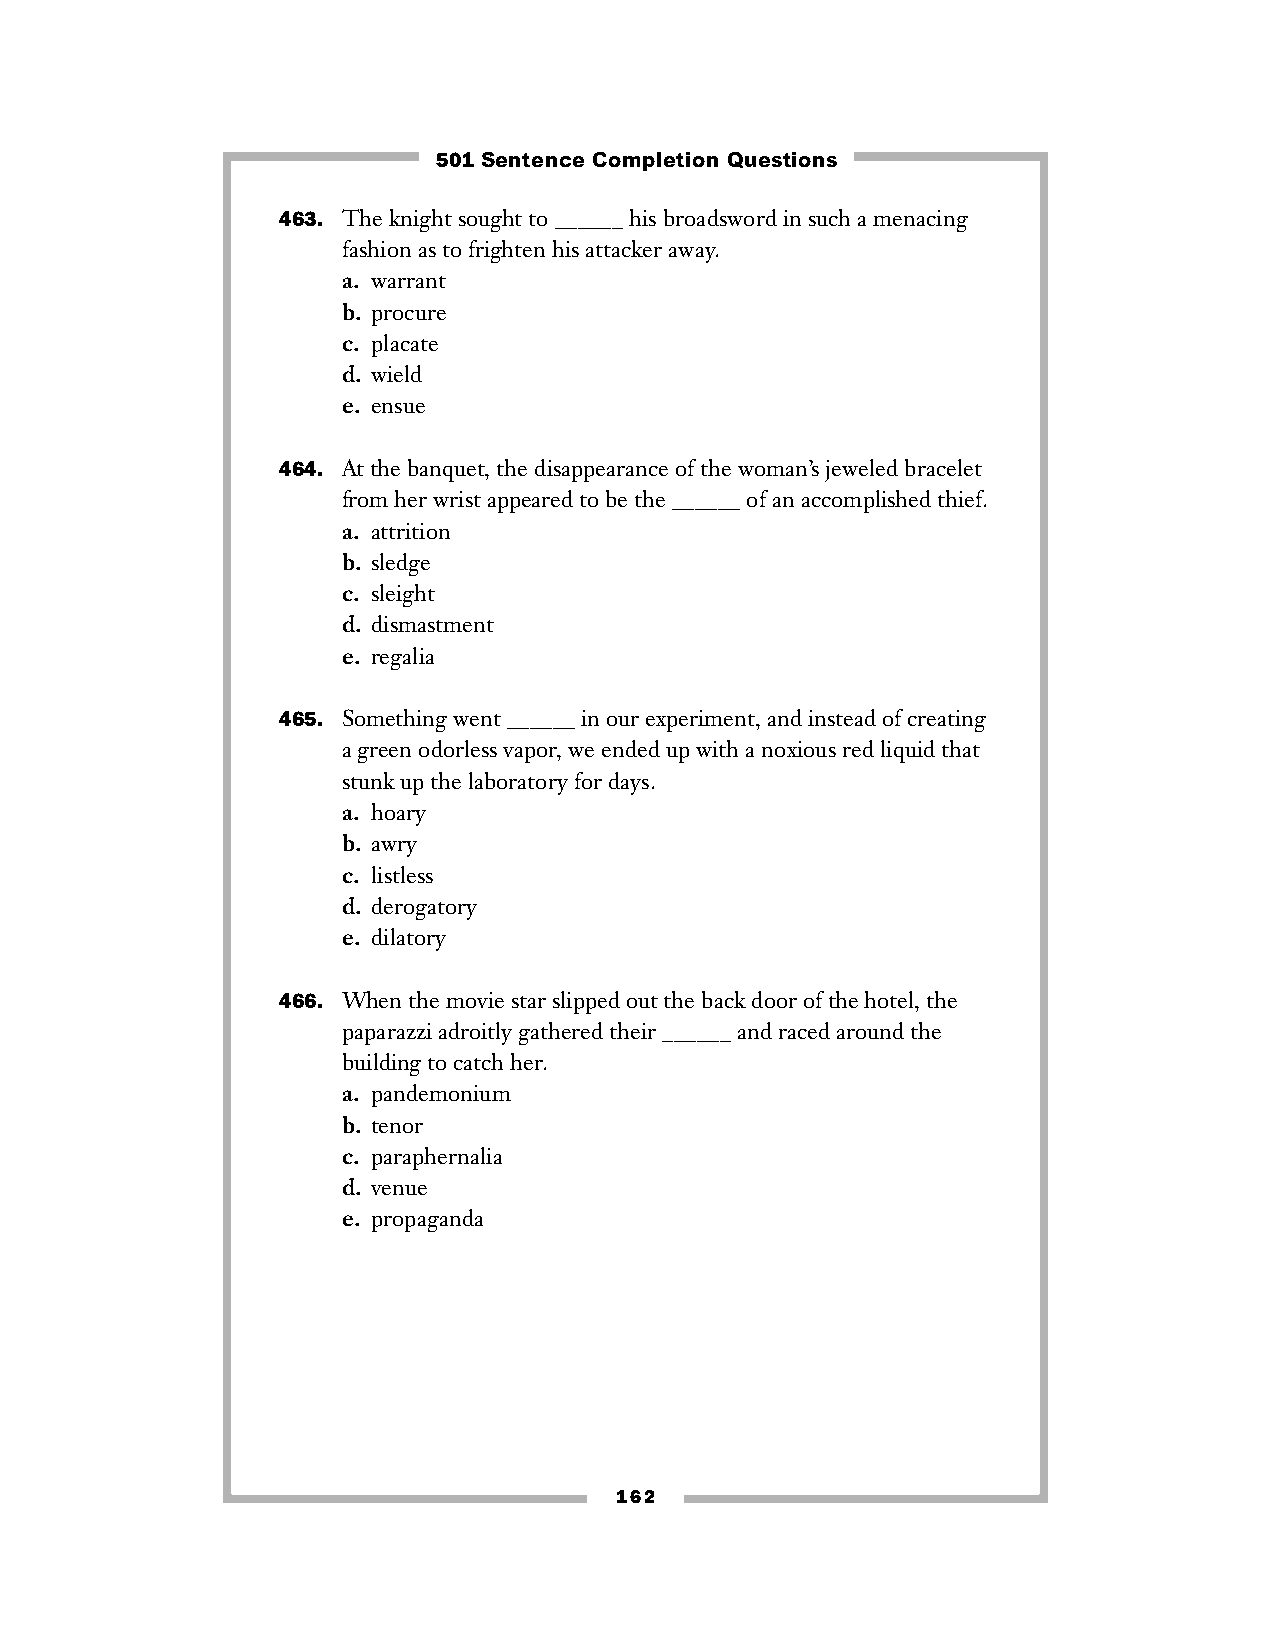
501 Sentence Completion Questions
 463. The knight sought to ______ his broadsword in such a menacing
 fashion as to frighten his attacker away.
 a. warrant
 b. procure
 c. placate
 d. wield
 e. ensue
 464. At the banquet, the disappearance of the woman’s jeweled bracelet
 from her wrist appeared to be the ______ of an accomplished thief.
 a. attrition
 b. sledge
 c. sleight
 d. dismastment
 e. regalia
 465. Something went ______ in our experiment, and instead of creating
 a green odorless vapor, we ended up with a noxious red liquid that
 stunk up the laboratory for days.
 a. hoary
 b. awry
 c. listless
 d. derogatory
 e. dilatory
 466. When the movie star slipped out the back door of the hotel, the
 paparazzi adroitly gathered their ______ and raced around the
 building to catch her.
 a. pandemonium
 b. tenor
 c. paraphernalia
 d. venue
 e. propaganda
 162